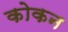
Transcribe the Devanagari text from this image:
कोकन